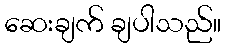
ဆေးချက် ချပါသည်။